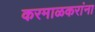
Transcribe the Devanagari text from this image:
करमाळकरांना